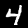
Digit: 4